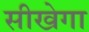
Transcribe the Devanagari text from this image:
सीखेगा